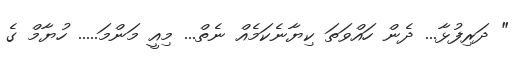
" ދަރިފުޅާ... ދެން ހައްވަތަ ކިޔާނެކަމެއް ނެތް... މިއީ މަންމަ..... ހުޔާމް ގެ